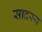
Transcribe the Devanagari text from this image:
सादस्य